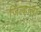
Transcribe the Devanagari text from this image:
जिल्हाला